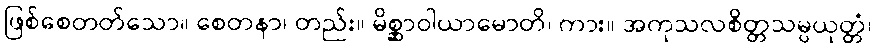
ဖြစ်စေတတ်သော။ စေတနာ၊ တည်း။ မိစ္ဆာဝါယာမောတိ၊ ကား။ အကုသလစိတ္တသမ္ပယုတ္တံ၊